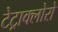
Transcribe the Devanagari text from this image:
टेट्राक्लोरो